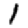
Digit: 1